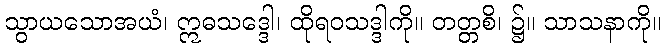
သွာယသောအယံ၊ ဣဓသဒ္ဒေါ၊ ထိုရဝသဒ္ဒါကို။ တတ္တစိ၊ ၌။ သာသနာကို။